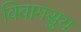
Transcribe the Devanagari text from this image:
विवागसुय